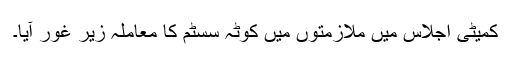
کمیٹی اجلاس میں ملازمتوں میں کوٹہ سسٹم کا معاملہ زیر غور آیا۔